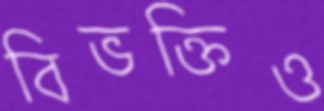
বিভক্তিও